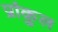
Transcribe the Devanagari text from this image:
प्रांकुल